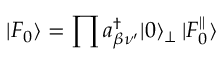
| F _ { 0 } \rangle = \prod a _ { \beta \nu ^ { \prime } } ^ { \dagger } | 0 \rangle _ { \bot } \, | F _ { 0 } ^ { \parallel } \rangle